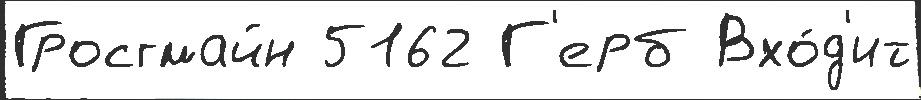
Гросгмайн 5162 Г'ерб Вхо́д'ит